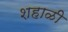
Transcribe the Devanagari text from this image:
शहाळी